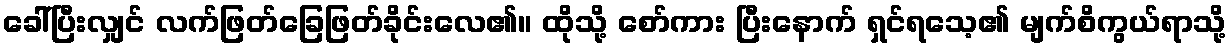
ခေါ်ပြီးလျှင် လက်ဖြတ်ခြေဖြတ်ခိုင်းလေ၏။ ထိုသို့ စော်ကား ပြီးနောက် ရှင်ရသေ့၏ မျက်စိကွယ်ရာသို့